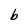
Character: b